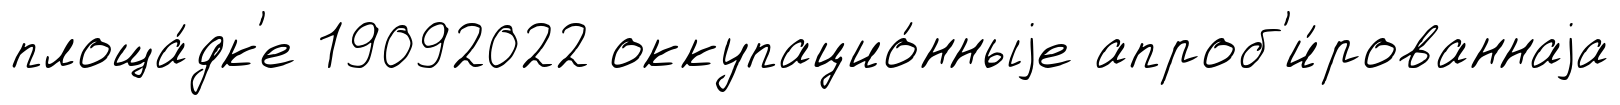
площа́дк'е 19092022 оккупацио́нныjе апроб'и́рованнаjа